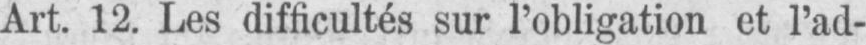
Art. 12. Les difficultés sur l’obligation et l’ad-